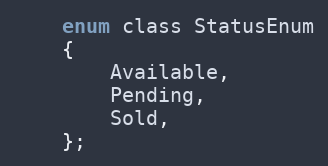
Language: C
	enum class StatusEnum
	{
		Available,
		Pending,
		Sold,
  	};